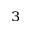
^ { 3 }